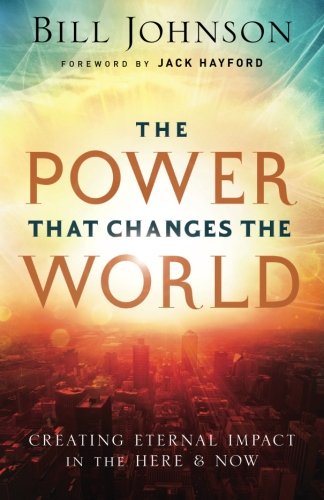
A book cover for The Power That Changes the World: Creating Eternal Impact in the Here and Now; Bill Johnson; Christian Books & Bibles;